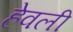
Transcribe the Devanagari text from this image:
हेवली